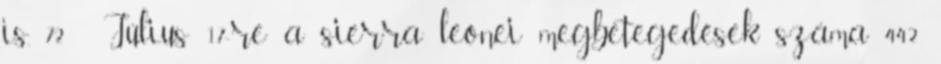
is. 72 Július 17-re a sierra leonei megbetegedések száma 442